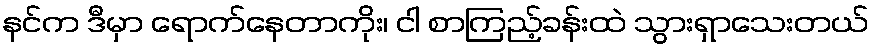
နင်က ဒီမှာ ရောက်နေတာကိုး၊ ငါ စာကြည့်ခန်းထဲ သွားရှာသေးတယ်